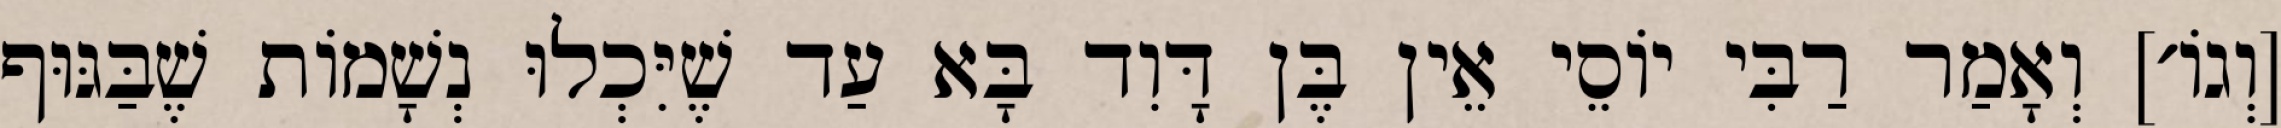
[וְגוֹ׳] וְאָמַר רַבִּי יוֹסֵי אֵין בֶּן דָּוִד בָּא עַד שֶׁיִּכְלוּ נְשָׁמוֹת שֶׁבַּגּוּף